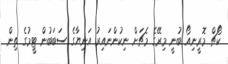
ކޯޗް މޮރީނިއޯ ބުނީ މިރޭގެ މެޗަށް ނިކުންނައިރު އަނިޔާގެ ސަބަބުން ޓީމުގެ ތިން